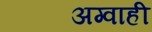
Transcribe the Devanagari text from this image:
अग्वाही